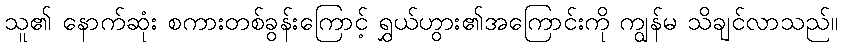
သူ၏ နောက်ဆုံး စကားတစ်ခွန်းကြောင့် ရွှယ်ဟွား၏အကြောင်းကို ကျွန်မ သိချင်လာသည်။